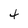
Character: 4